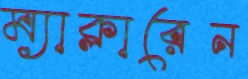
ম্যাক্লারেন